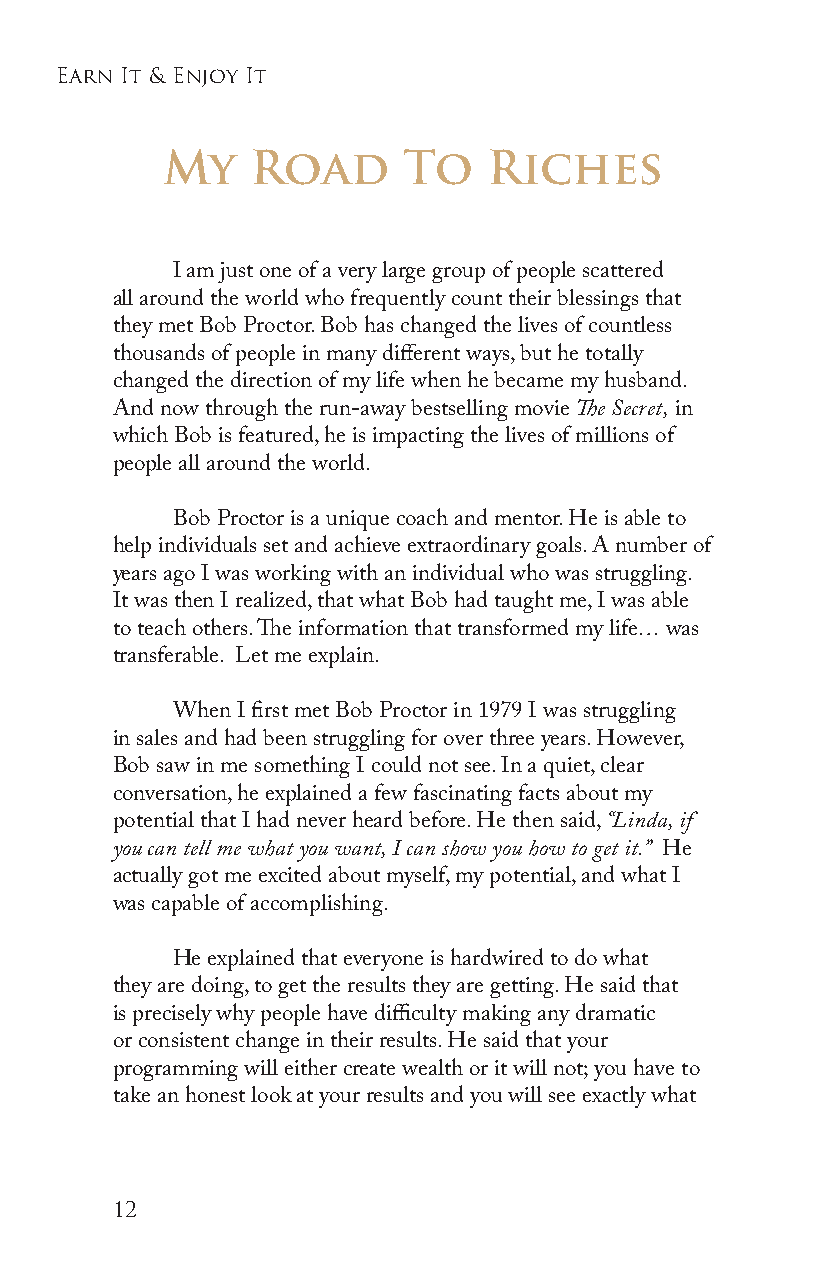
earn it & enjoy it
 My    Road      To   Riches
 I am just one of a very large group of people scattered
 all around the world who frequently count their blessings that
 they met Bob Proctor. Bob has changed the lives of countless
 thousands of people in many different ways, but he totally
 changed the direction of my life when he became my husband.
 And now through the run-away bestselling movie The Secret, in
 which Bob is featured, he is impacting the lives of millions of
 people all around the world.
 Bob Proctor is a unique coach and mentor. He is able to
 help individuals set and achieve extraordinary goals. A number of
 years ago I was working with an individual who was struggling.
 It was then I realized, that what Bob had taught me, I was able
 to teach others. The information that transformed my life… was
 transferable. Let me explain.
 When I first met Bob Proctor in 1979 I was struggling
 in sales and had been struggling for over three years. However,
 Bob saw in me something I could not see. In a quiet, clear
 conversation, he explained a few fascinating facts about my
 potential that I had never heard before. He then said, “Linda, if
 you can tell me what you want, I can show you how to get it.” He
 actually got me excited about myself, my potential, and what I
 was capable of accomplishing.
 He explained that everyone is hardwired to do what
 they are doing, to get the results they are getting. He said that
 is precisely why people have difficulty making any dramatic
 or consistent change in their results. He said that your
 programming will either create wealth or it will not; you have to
 take an honest look at your results and you will see exactly what
 12